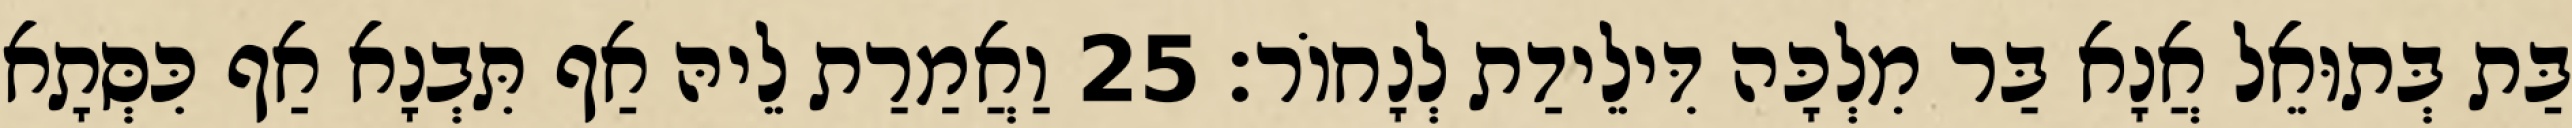
בַּת בְּתוּאֵל אֲנָא בַּר מִלְכָּה דִּילֵידַת לְנָחוֹר׃ 25 וַאֲמַרַת לֵיהּ אַף תִּבְנָא אַף כִּסְּתָא